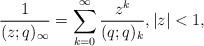
LaTeX: \begin{align*}\frac 1{(z;q)_\infty}=\sum_{k=0}^\infty\frac{z^k}{(q;q)_k},|z|<1,\end{align*}